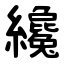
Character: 纔